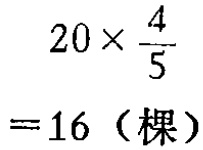
\[

\begin{align*}

20\times\frac{4}{5}\\

=16（棵）

\end{align*}

\]